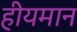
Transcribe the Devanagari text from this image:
हीयमान